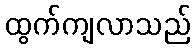
ထွက်ကျလာသည်